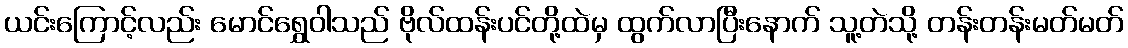
ယင်းကြောင့်လည်း မောင်ရွှေဝါသည် ဗိုလ်ထန်းပင်တို့ထဲမှ ထွက်လာပြီးနောက် သူ့တဲသို့ တန်းတန်းမတ်မတ်